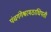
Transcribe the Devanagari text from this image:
पंचगंगेश्वरमठाधिपती